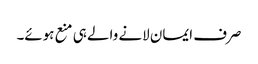
صرف ایمان لانے والے ہی منع ہوئے۔